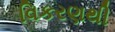
વિકરણથી